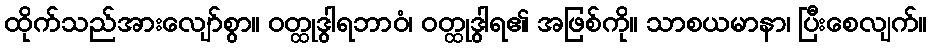
ထိုက်သည်အားလျော်စွာ။ ဝတ္ထုဒွါရဘာဝံ၊ ဝတ္ထုဒွါရ၏ အဖြစ်ကို။ သာစယမာနာ၊ ပြီးစေလျက်။